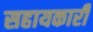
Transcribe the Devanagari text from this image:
सहायकारी